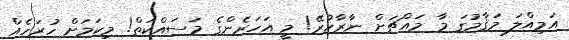
އަމިއްލަ މަޤާމުގަ މާ މައްޗަށް ނާރާހުރޭ! މީ އަހަރެންގެ މަސައްކަތް! މިކަމަށް ހުރަހެއް